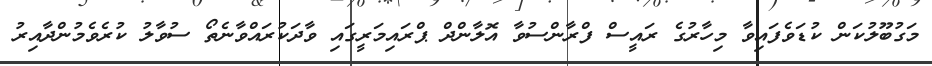
މަގުބޫލުކަން ކުޑަވެފައިވާ މިހާރުގެ ރައީސް ފްރާންސުވާ އޮލާންދް ޕްރައިމަރީގައި ވާދަކުރައްވާނެތޯ ސުވާލު ކުރެވެމުންދާއިރު